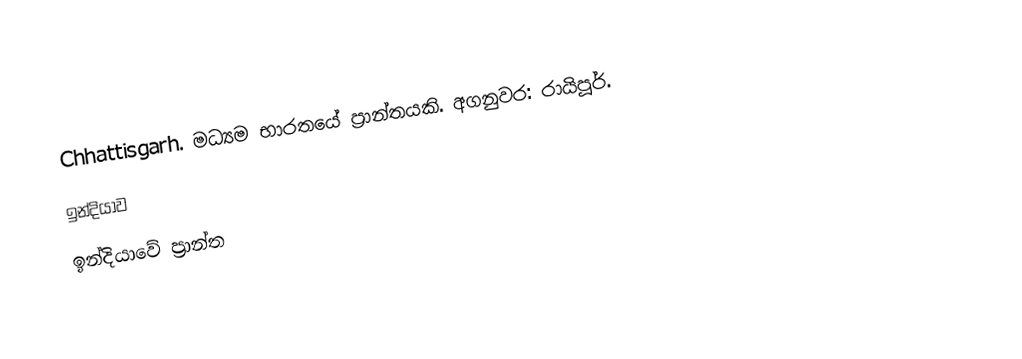
Chhattisgarh. මධ්‍යම භාරතයේ ප්‍රාන්තයකි. අගනුවර: රායිපූර්.
ඉන්දියාව
ඉන්දියාවේ ප්‍රාන්ත